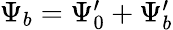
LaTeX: \begin{array}{r}{\Psi_{b}=\Psi_{0}^{\prime}+\Psi_{b}^{\prime}}\end{array}